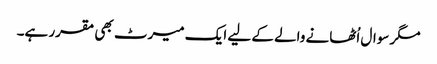
مگر سوال اُٹھانے والے کے لیے ایک میرٹ بھی مقرر ہے۔